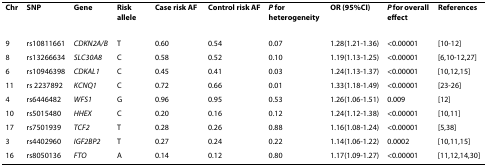
| Chr | SNP | Gene | Risk allele | Case risk AF | Control risk AF | P for heterogeneity | OR (95%CI) | P for overall effect | References |
 | --- | --- | --- | --- | --- | --- | --- | --- | --- | --- |
 | 9 | rs10811661 | CDKN2A/B | T | 0.60 | 0.54 | 0.07 | 1.28(1.21-1.36) | <0.00001 | [10-12] |
 | 8 | rs13266634 | SLC30A8 | C | 0.58 | 0.52 | 0.10 | 1.19(1.13-1.25) | <0.00001 | [6,10-12,27] |
 | 6 | rs10946398 | CDKAL1 | C | 0.45 | 0.41 | 0.03 | 1.24(1.13-1.37) | <0.00001 | [10,12,15] |
 | 11 | rs 2237892 | KCNQ1 | C | 0.72 | 0.66 | 0.01 | 1.33(1.18-1.49) | <0.00001 | [23-26] |
 | 4 | rs6446482 | WFS1 | G | 0.96 | 0.95 | 0.53 | 1.26(1.06-1.51) | 0.009 | [12] |
 | 10 | rs5015480 | HHEX | C | 0.20 | 0.16 | 0.12 | 1.24(1.12-1.38) | <0.00001 | [10,11] |
 | 17 | rs7501939 | TCF2 | T | 0.28 | 0.26 | 0.88 | 1.16(1.08-1.24) | <0.00001 | [5,38] |
 | 3 | rs4402960 | IGF2BP2 | T | 0.27 | 0.24 | 0.22 | 1.14(1.06-1.22) | 0.0002 | [10,11,15] |
 | 16 | rs8050136 | FTO | A | 0.14 | 0.12 | 0.80 | 1.17(1.09-1.27) | <0.00001 | [11,12,14,30] |